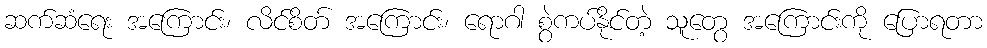
ဆက်ဆံရေး အကြောင်း၊ လိင်စိတ် အကြောင်း၊ ရောဂါ စွဲကပ်နိုင်တဲ့ သူတွေ အကြောင်းကို ပြောရတာ